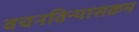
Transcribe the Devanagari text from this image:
वचनविन्यासक्रम